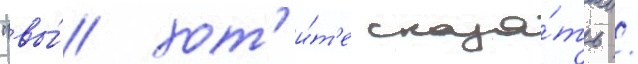
"вы́ хот'и́т'е сказа́ть /